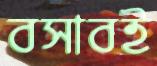
বসাবই